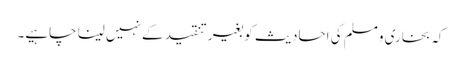
کہ بخاری ومسلم کی احادیث کو بغیر تنقید کے نہیں لینا چاہیے۔